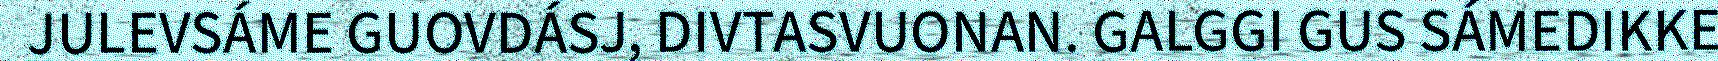
JULEVSÁME GUOVDÁSJ, DIVTASVUONAN. GALGGI GUS SÁMEDIKKE